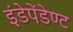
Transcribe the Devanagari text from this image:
इंडेपेंडेण्ट